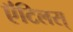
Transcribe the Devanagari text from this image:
ऍंटिलस्‌